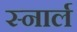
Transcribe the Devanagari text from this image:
स्नार्ल